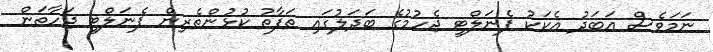
ނަމަވެސް އަބަދު އެކަކު ޕެނަލްޓީ ޖެހުމުގެ ބަދަލުގައި ތަފާތު ކުޅުންތެރިން ޕެނަލްޓީ ޖަހާތަން